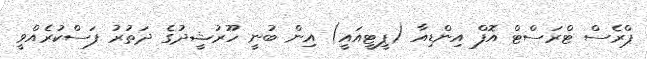
ޕްރެސް ޓްރަސްޓް އޮފް އިންޑިއާ (ޕީޓީއައީ) އިިން ބުނީ ހޫރުޝީދުގެ ދަތުރު ފަސްކުރެއްވީ